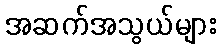
အဆက်အသွယ်များ